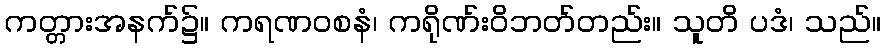
ကတ္တားအနက်၌။ ကရဏဝစနံ၊ ကရိုဏ်းဝိဘတ်တည်း။ သူတိ ပဒံ၊ သည်။